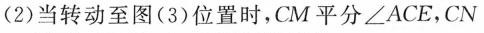
2)当转动至图(3)位置时，CM平分∠ACE，CN